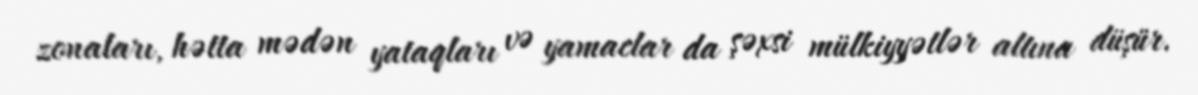
zonaları, hətta mədən yataqları və yamaclar da şəxsi mülkiyyətlər altına düşür.